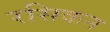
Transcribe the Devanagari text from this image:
रसिकन